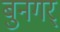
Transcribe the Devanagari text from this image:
बुनगर्